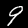
Label: 9